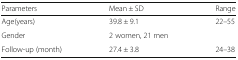
<table><thead><tr><td><b>Parameters</b></td><td><b>Mean ± SD</b></td><td><b>Range</b></td></tr></thead><tbody><tr><td>Age(years)</td><td>39.8 ± 9.1</td><td>22–55</td></tr><tr><td>Gender</td><td>2 women, 21 men</td><td></td></tr><tr><td>Follow-up (month)</td><td>27.4 ± 3.8</td><td>24–38</td></tr></tbody></table>